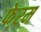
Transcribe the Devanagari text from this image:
फे्रम